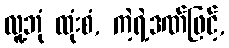
လူ့ဘုံ ထုံးစံ, ကဲ့ရဲ့ဒဏ်ဖြင့်,